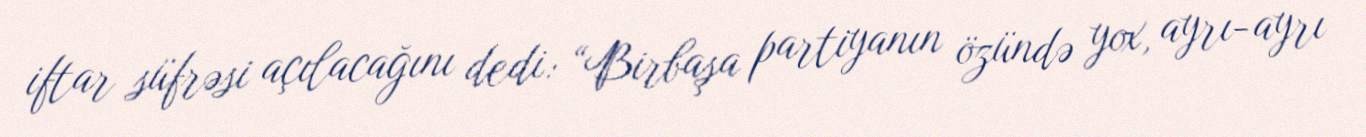
iftar süfrəsi açılacağını dedi: “Birbaşa partiyanın özündə yox, ayrı-ayrı